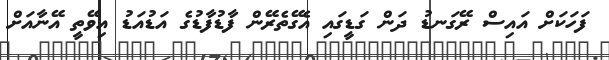
ފަހަކަށް އައިސް ރޭގަނޑު ދަން ގަޑީގައި އެގޭތެރޭން ފާޑުފާޑުގެ އަޑުއަޑު އިވޭތީ އޭނާއަށް